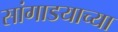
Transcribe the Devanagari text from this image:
सांगाडयाच्या